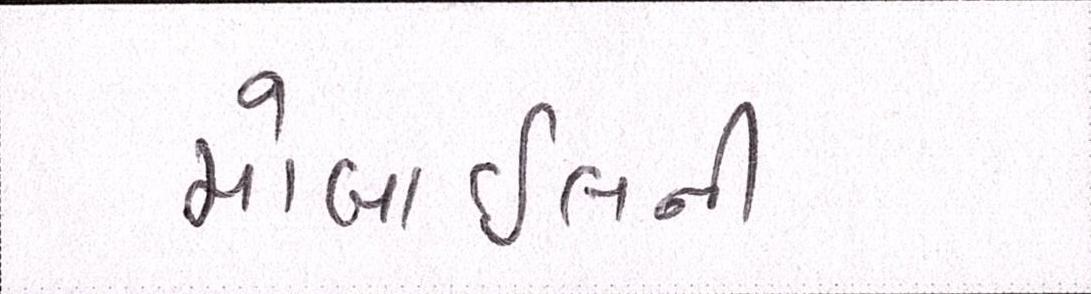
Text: મોબાઇલની